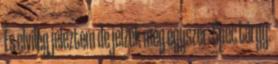
És elvileg jeleztem de jelzek még egyszer: Spec tárgy: